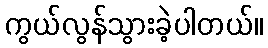
ကွယ်လွန်သွားခဲ့ပါတယ်။